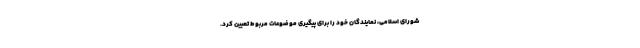
شورای اسلامی، نمایندگان خود را برای پیگیری موضوعات مربوط تعیین کرد.